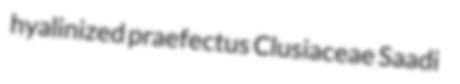
hyalinized praefectus Clusiaceae Saadi